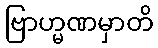
ဗြာဟ္မဏမှာတိ